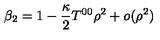
\beta _ { 2 } = 1 - { \frac { \kappa } { 2 } } T ^ { 0 0 } \rho ^ { 2 } + o ( \rho ^ { 2 } )